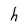
Character: h